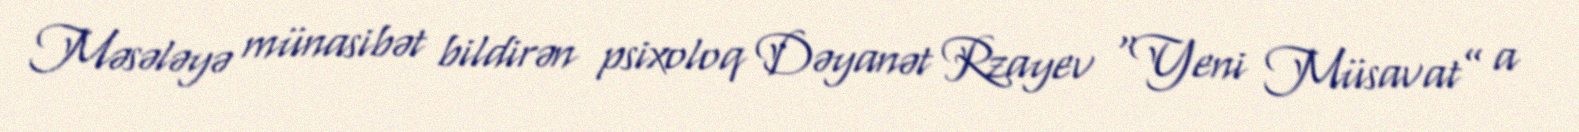
Məsələyə münasibət bildirən psixoloq Dəyanət Rzayev “Yeni Müsavat” a